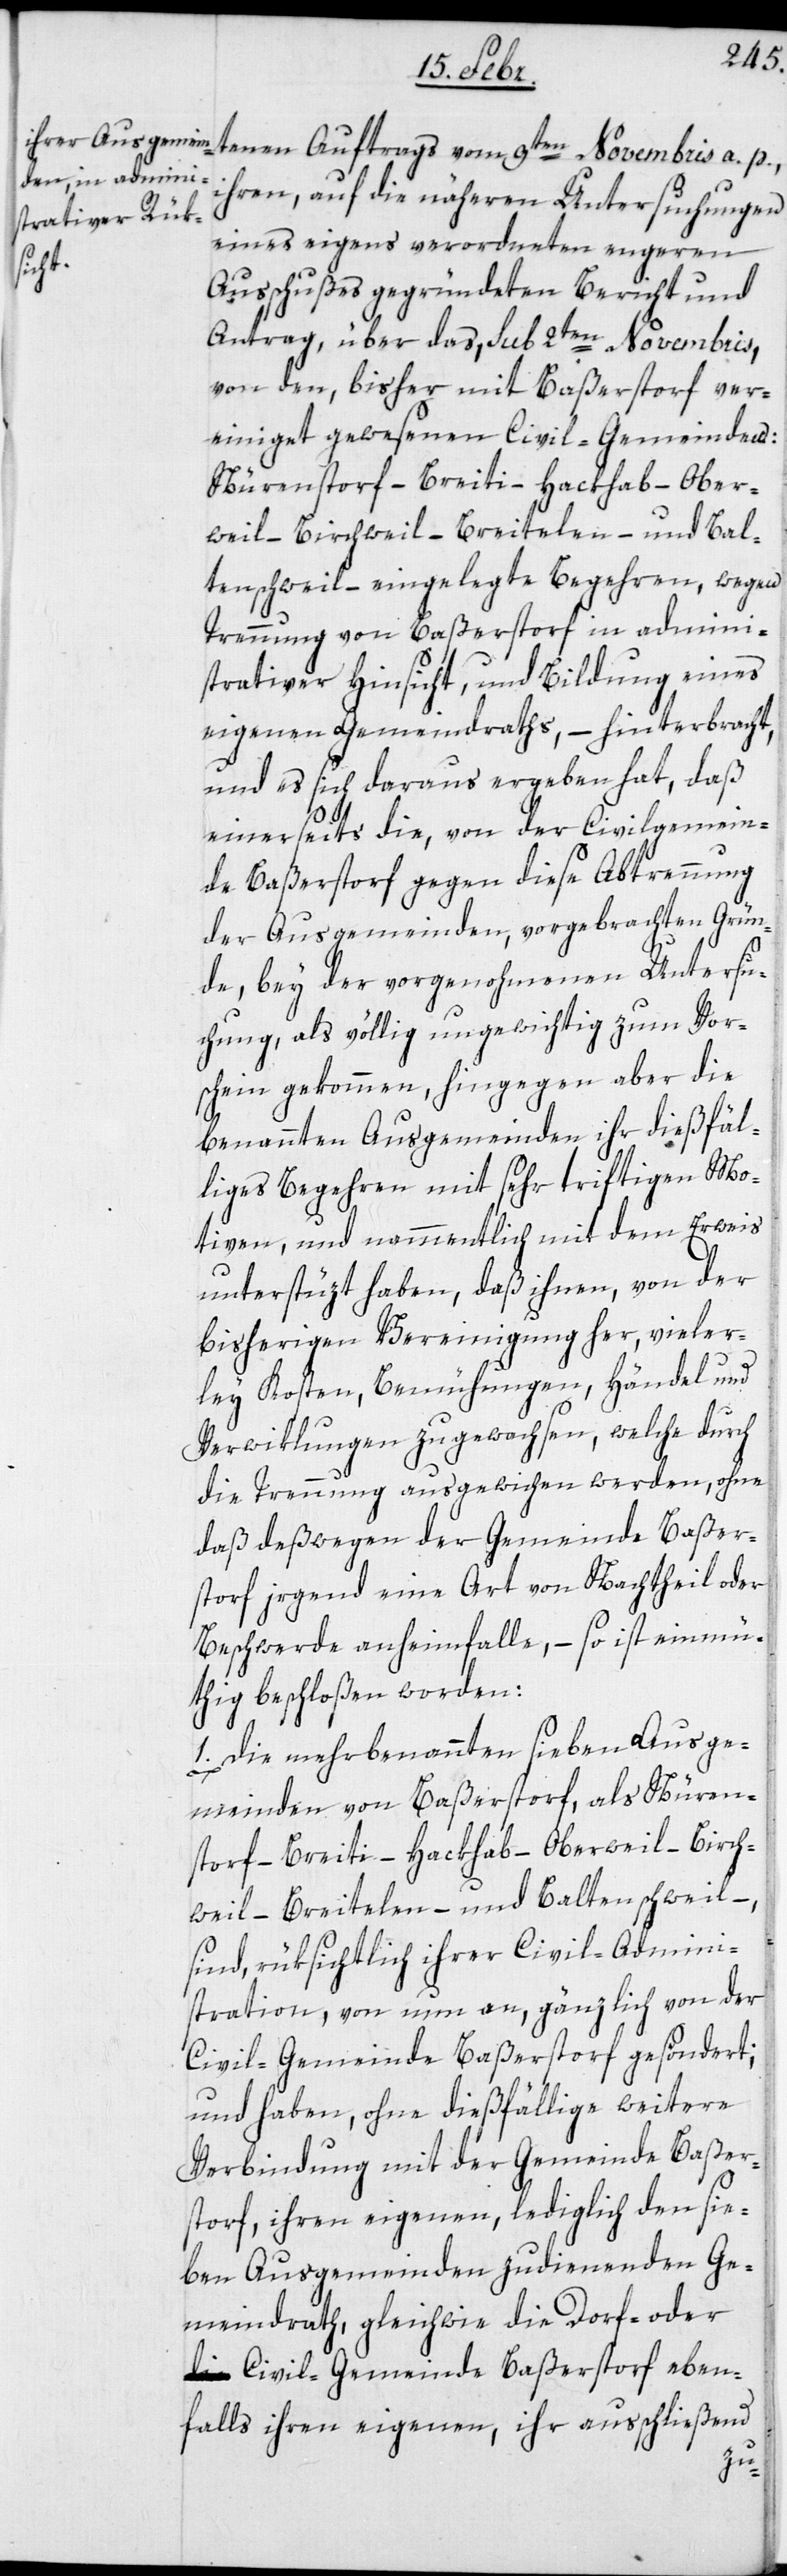
tenen Auftrags vom 9ten Novembris a. p.,
ihren, auf die näheren Untersuchungen
eines eigens verordneten engeren
Ausschußes gegründeten Bericht und
Antrag, über das, sub 2ten Novembris,
von den, bisher mit Baßerstorf ver¬
einiget gewesenen Civil-Gemeinden:
Nürenstorf – Breiti – Hackhab – Ober¬
weil – Birchweil – Breitelen – und Bal¬
tenschweil – eingelegte Begehren, wegen
Trennung von Baßerstorf in admini¬
strativer Hinsicht, und Bildung eines
eigenen Gemeindraths, – hinterbracht,
und es sich daraus ergeben hat, daß
einerseits die, von der Civilgemein¬
de Baßerstorf gegen diese Abtrennung
der Ausgemeinden, vorgebrachten Grün¬
de, bey der vorgenohmenen Untersu¬
chung, als völlig ungewichtig zum Vor¬
schein gekommen, hingegen aber die
benannten Ausgemeinden ihr dießfäl¬
liges Begehren mit sehr triftigen Mo¬
tiven, und nammentlich mit dem Erweis
unterstüzt haben, daß ihnen, von der
bisherigen Vereinigung her, vieler¬
ley Kosten, Bemühungen, Händel und
Verwiklungen zugewachsen, welche durch
die Trennung ausgewichen werden, ohne
daß deßwegen der Gemeinde Baßer¬
storf irgend eine Art von Nachtheil oder
Beschwerde anheimfalle, – so ist einmü¬
thig beschloßen worden:
1. Die mehrbenannten sieben Ausge¬
meinden von Baßerstorf, als Nüren¬
storf – Breiti – Hackhab – Oberweil – Birch¬
weil – Breitelen – und Baltenschweil –,
sind rüksichtlich ihrer Civil-Admini¬
stration, von nun an, gänzlich von der
Civil-Gemeinde Baßerstorf gesöndert;
und haben, ohne dießfällige weitere
Verbindung mit der Gemeinde Baßer¬
storf, ihren eigenen, lediglich den sie¬
ben Ausgemeinden zudienenden Ge¬
meindrath, gleichwie die Dorf- oder
Civil-Gemeinde Baßerstorf eben¬
falls ihren eigenen, ihr ausschließend